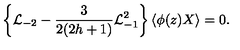
\left\{ { \cal L } _ { - 2 } - \frac { 3 } { 2 ( 2 h + 1 ) } { \cal L } _ { - 1 } ^ { 2 } \right\} \langle \phi ( z ) X \rangle = 0 .